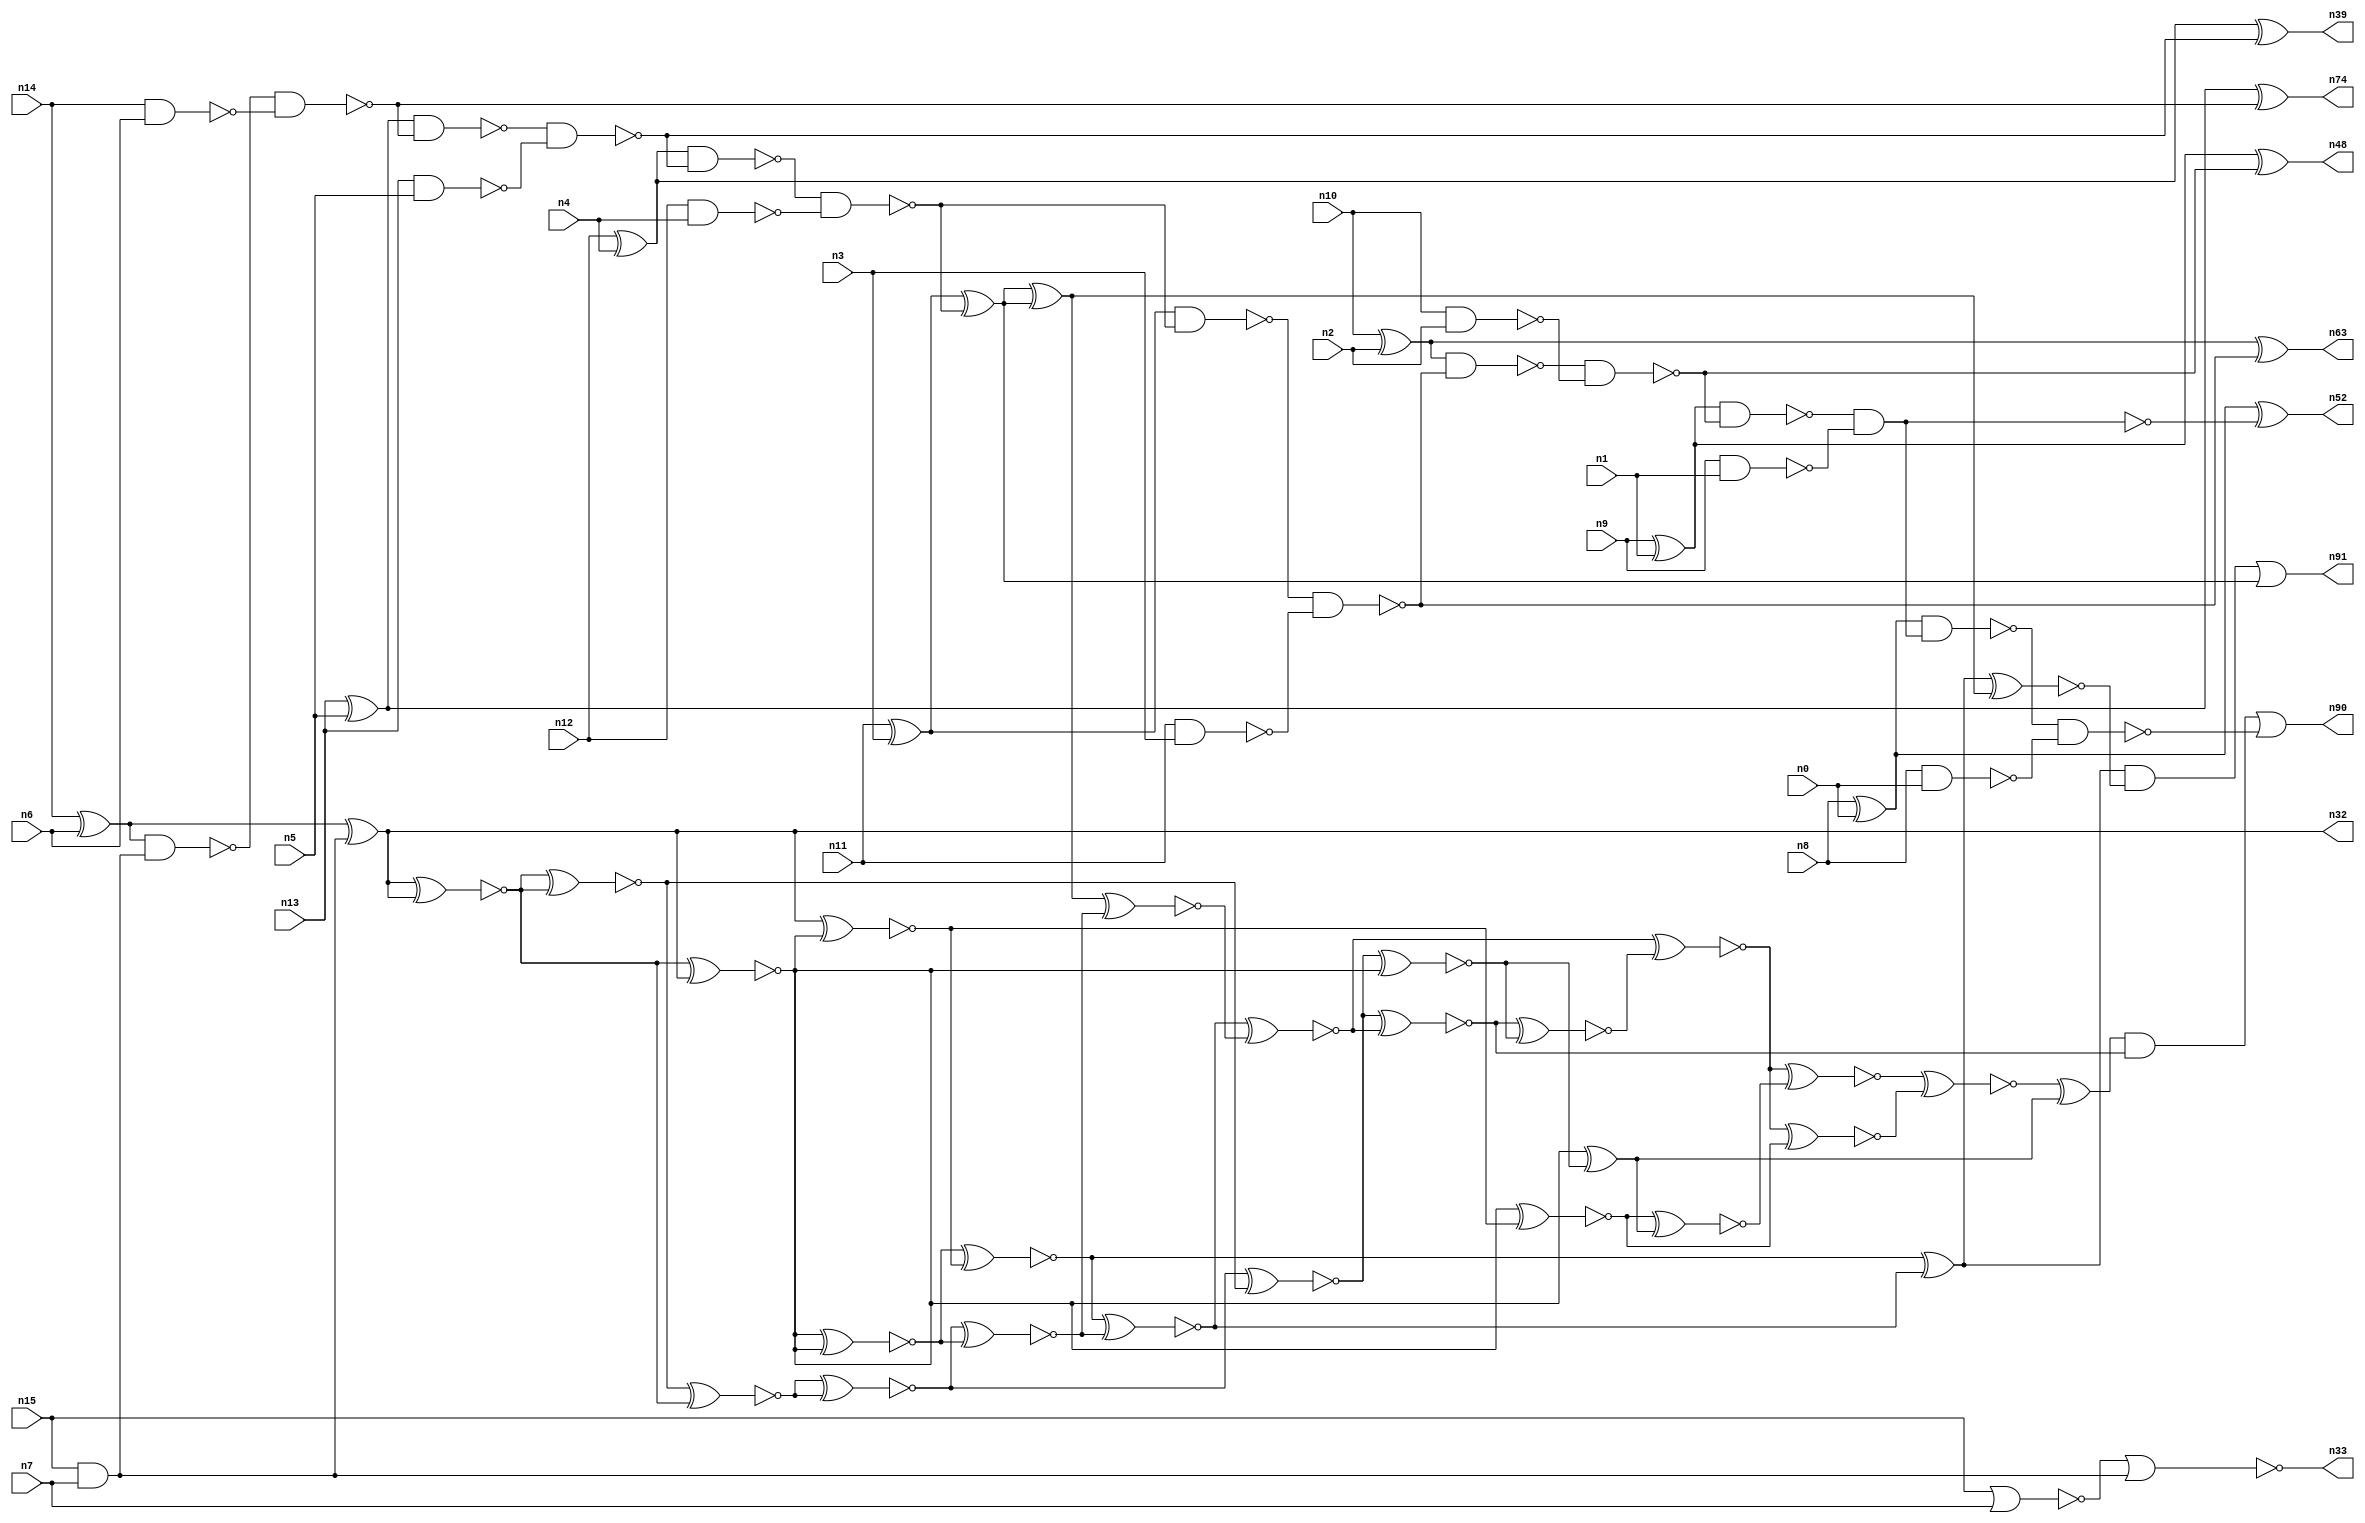
// This program was cloned from: https://github.com/umar-afzaal/ReCkt
// License: MIT License

// This file contains a pareto-optimal circuit with respect to power and the fault-resilince parameter p_fault which is defined as:
// "For all input vectors, the ratio of the no. of faults observable at the POs to the no. of total possible faults in the circuit".
// This code is part of the ReCkt library (https://github.com/umar-afzaal/ReCkt) distributed under The MIT License.
// When used, please cite the following article(s):
// U. Afzaal, A.S. Hassan, M. Usman and J.A. Lee, "On the Evolutionary Synthesis of Increased Fault-resilience Arithmetic Circuits".

// p_fault = 52.4 %    (Lower is better)
// gates = 76.0
// levels = 19
// area = 114.46    (For MCNC library relative to nand2)
// power = 642.6 uW    (Berkely-SIS for MCNC library @ Vdd=5V and 20 MHz clock)
// delay = 35.2 ns    (Berkely-ABC for MCNC library)
// PDP = 2.26195e-11 J

// Pin mapping:
// {n0, n1, n2, n3, n4, n5, n6, n7} = A[7:0]
// {n8, n9, n10, n11, n12, n13, n14, n15} = B[7:0]
// {n90, n52, n48, n63, n91, n39, n74, n32, n33} = O[8:0]

module addr8s_power_44 (
n0, n1, n2, n3, n4, n5, n6, n7, n8, n9, n10, n11, n12, n13, n14, n15, 
n90, n52, n48, n63, n91, n39, n74, n32, n33
);

input n0, n1, n2, n3, n4, n5, n6, n7, n8, n9, n10, n11, n12, n13, n14, n15;
output n90, n52, n48, n63, n91, n39, n74, n32, n33;
wire n22, n28, n72, n49, n30, n24, n45, n66, n85, n20, n64, n18, n51, n70, n89, n58, n37, n76, n87, n29, 
n78, n17, n38, n65, n61, n86, n47, n23, n36, n73, n68, n42, n21, n54, n71, n16, n27, n80, n56, n53, 
n67, n55, n79, n83, n31, n88, n84, n25, n75, n82, n41, n26, n35, n19, n34, n43, n62, n50, n69, n46, 
n59, n40, n81, n57, n60, n77, n44;

xor (n16, n14, n6);
xor (n17, n8, n0);
xor (n18, n13, n5);
xor (n19, n10, n2);
nand (n20, n14, n6);
and (n21, n15, n7);
nand (n22, n13, n5);
nand (n23, n12, n4);
xor (n24, n12, n4);
nor (n25, n15, n7);
nand (n26, n9, n1);
nand (n27, n10, n2);
nand (n28, n8, n0);
xor (n29, n11, n3);
nand (n30, n11, n3);
xor (n31, n9, n1);
xor (n32, n16, n21);
nor (n33, n25, n21);
nand (n34, n16, n21);
nand (n35, n34, n20);
xor (n36, n18, n35);
nand (n37, n18, n35);
nand (n38, n37, n22);
xor (n39, n24, n38);
nand (n40, n24, n38);
nand (n41, n40, n23);
xor (n42, n29, n41);
nand (n43, n29, n41);
nand (n44, n43, n30);
nand (n45, n19, n44);
xor (n46, n19, n44);
nand (n47, n45, n27);
xor (n48, n31, n47);
nand (n49, n31, n47);
and (n50, n49, n26);
nand (n51, n49, n26);
xor (n52, n17, n51);
nand (n53, n17, n50);
nand (n54, n53, n28);
xnor (n55, n32, n32);
xnor (n56, n32, n32);
xnor (n57, n32, n32);
xnor (n58, n55, n32);
xnor (n59, n32, n57);
xnor (n60, n32, n55);
xnor (n61, n32, n59);
xnor (n62, n59, n58);
and (n63, n46, n46);
xor (n64, n42, n42);
xnor (n65, n56, n56);
xnor (n66, n65, n57);
xnor (n67, n66, n66);
xnor (n68, n67, n62);
xnor (n69, n62, n61);
xnor (n70, n67, n65);
xnor (n71, n69, n68);
xnor (n72, n70, n60);
xnor (n73, n64, n68);
and (n74, n36, n36);
xor (n75, n69, n71);
xor (n76, n58, n72);
xnor (n77, n60, n61);
xnor (n78, n71, n73);
xnor (n79, n70, n78);
xnor (n80, n77, n76);
xnor (n81, n79, n72);
xnor (n82, n78, n81);
xnor (n83, n75, n64);
and (n84, n75, n83);
xnor (n85, n82, n77);
xnor (n86, n82, n80);
xnor (n87, n86, n85);
xor (n88, n87, n76);
and (n89, n88, n79);
or (n90, n89, n54);
or (n91, n84, n42);

endmodule